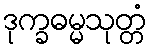
ဒုက္ခဓမ္မသုတ္တံ